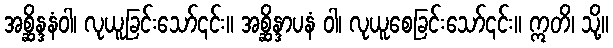
အစ္ဆိန္ဒနံဝါ၊ လုယူခြင်းသော်၎င်း။ အစ္ဆိန္ဒာပနံ ဝါ၊ လုယူစေခြင်းသော်၎င်း။ ဣတိ၊ သို့။